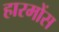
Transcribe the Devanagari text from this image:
हारमोंस